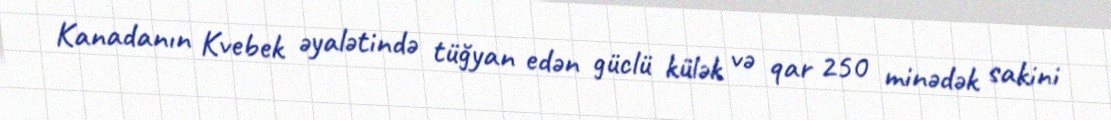
Kanadanın Kvebek əyalətində tüğyan edən güclü külək və qar 250 minədək sakini